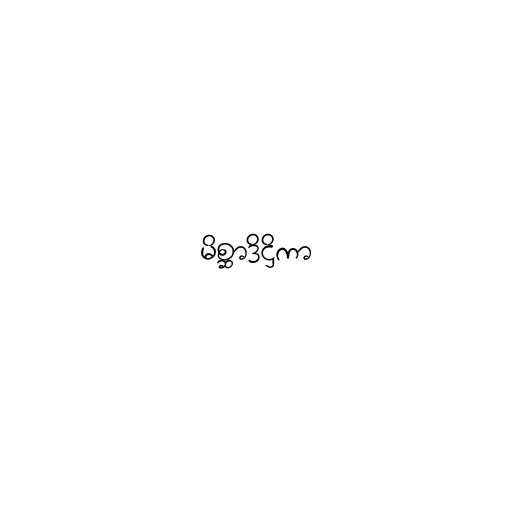
မိစ္ဆာဒိဋ္ဌိကာ